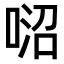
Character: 𠶕